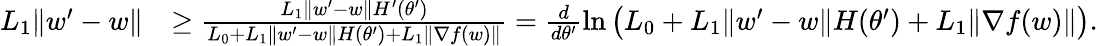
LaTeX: \begin{array}{rl}{L_{1}\| w^{\prime}-w\| }&{\ge\frac{L_{1}\| w^{\prime}-w\| H^{\prime}(\theta^{\prime})}{L_{0}+L_{1}\| w^{\prime}-w\| H(\theta^{\prime})+L_{1}\| \nabla f(w)\| }=\frac{d}{d\theta^{\prime}}\ln\big(L_{0}+L_{1}\| w^{\prime}-w\| H(\theta^{\prime})+L_{1}\| \nabla f(w)\| \big).}\end{array}